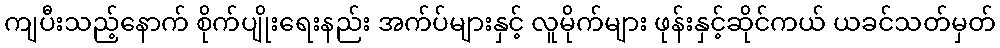
ကျပီးသည့်နောက် စိုက်ပျိုးရေးနည်း အက်ပ်များနှင့် လူမိုက်များ ဖုန်းနှင့်ဆိုင်ကယ် ယခင်သတ်မှတ်